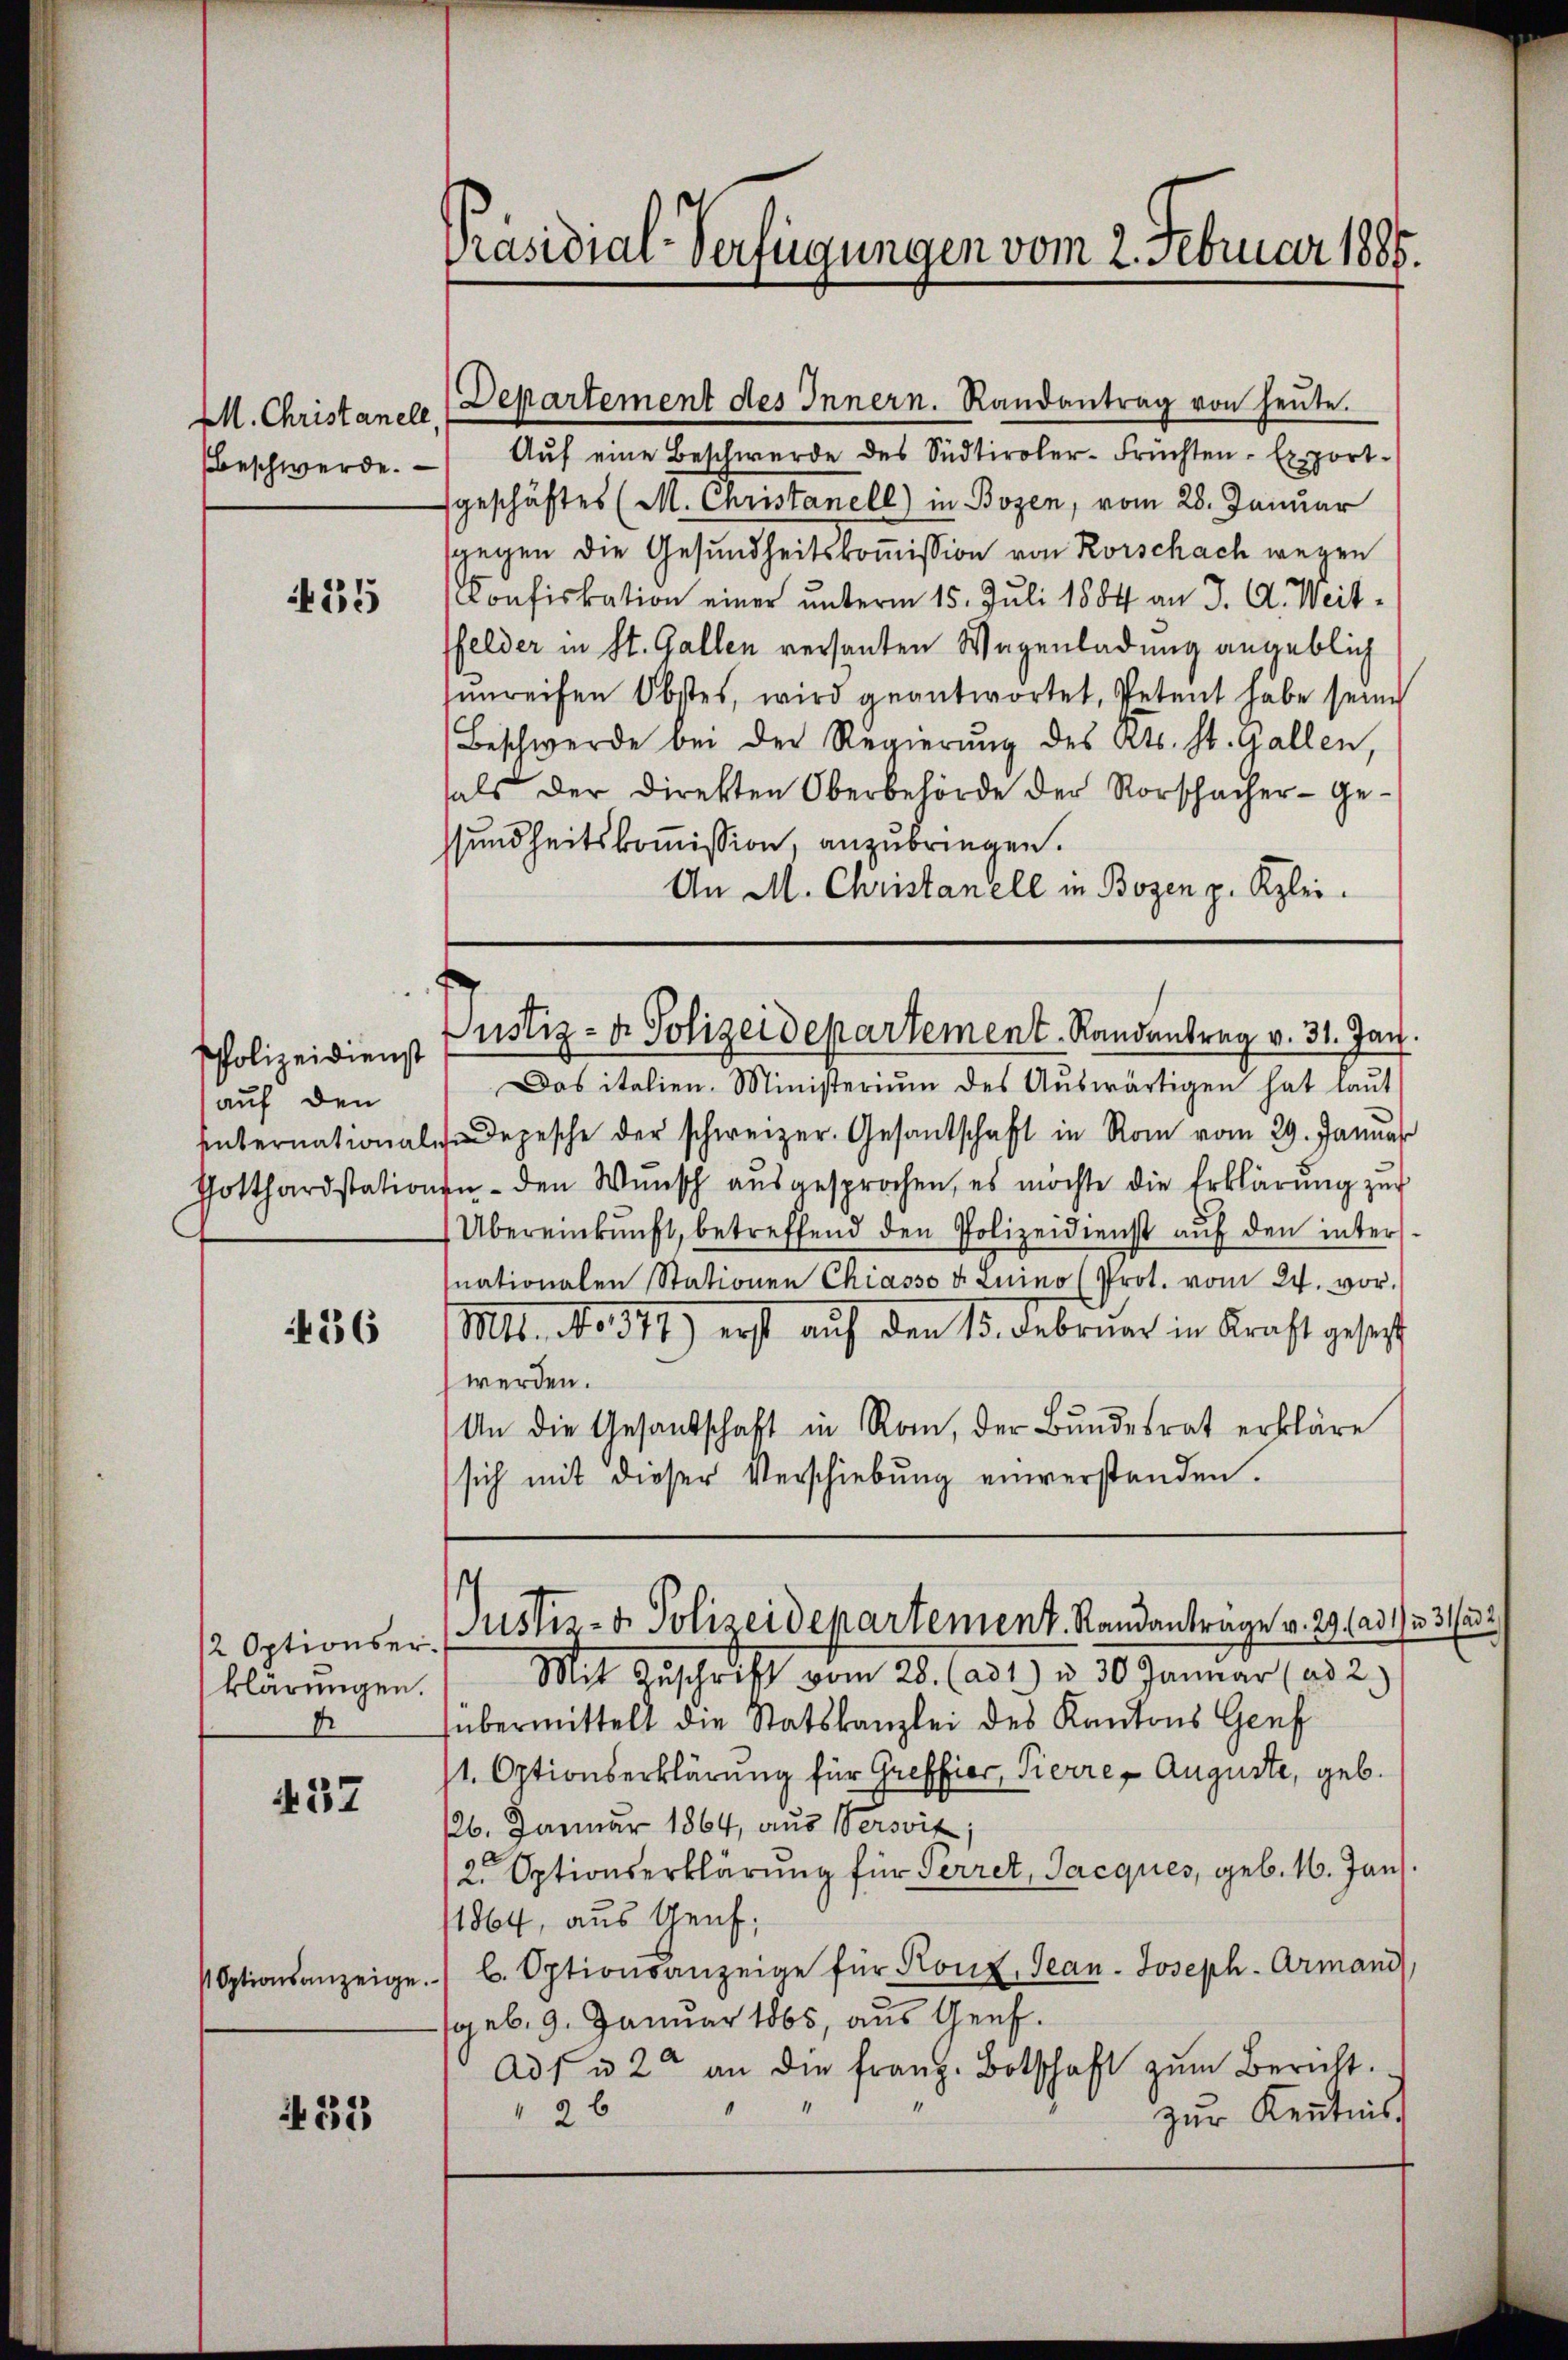
M. Christanell,
Beschwerde.

35

Polizeidienst
auf den

36

12 Optionserklärungen.
D

37

432

Präsidial-Verfügungen vom 2. Februar 1885.

Departement des Innern. Randantrag von heŭte.
Aŭf eine Beschwerde des Südtiroler-Früchten-Export-
geschäftes (M. Christanell) in Bozen, vom 28. Januar
sgegen die Gesundheitskoṁission von Rorschach wegen
Confiskation einer unterm 15. Juli 1884 an J. A. Weitffelder in St. Gallen versanten Wagenladung angeblich
sŭnreifen Obstes, wird geantwortet, Petent habe seine
Beschwerde bei der Regierŭng des Kts. St. Gallen,
als der Direkten Oberbehörde der Vorschacher ge-
sundheitskommission, anzubringen.
An M. Christanell in Bozen p. Klei¬

Das italien. Ministeriŭm des Aŭswärtigen hat laŭt
Internation depesche der schweizer. Gesandschaft in Rom vom 29. Januar
Gotthardstationen den Wŭnsch aŭsgesprochen, es möchte die Erklärŭng zŭr
Übereinkunft, betreffend den Polizeidienst aŭf den inters
nationalen Stationen Chiasso u. Luino (Prot. vom 24. vor.
Mt. No. 341) erst auf den 13. Februar in Kraft gesetzt
werden.
An die Gesandschaft in Rau, der Bundesrat erkläre
sich mit dieser Verschiebung einverstanden.

Justiz- & Polizeidepartement. Randantrag v. 31. Jan.

Justiz- & Polizeidepartement. Standantrage v. 29. ad 1331 (132

Mit Zuschrift vom 28. (ad 1) u. 30. Januar (ad 2.)
übermittelt die Statskanzlei des Kantons Genf
/1. Optionserklärung für Greffier, Tierren Auguste, geb.
126. Januar 1864, aus Versit;
2. Optionserklärung für Perret, Jacques, geb. 16. Jan.
1864, aus Aeuf;
Optionsanzeige. b. Optionsanzeige für Konz Jean Joseph-Armand
aeb. 9. Januar 1865, aus Genf.
Ad 1 u 20 an die franz. Botschaft zŭm Bericht.
26
zur Kenntnis